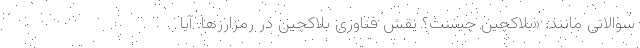
سوالاتی مانند: «بلاکچین چیست؟ نقش فناوری بلاکچین در رمزارزها. آیا